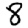
Digit: 8